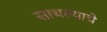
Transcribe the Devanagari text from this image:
साधल्याचे